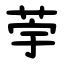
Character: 荢